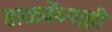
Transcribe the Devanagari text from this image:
साळवेंच्याही